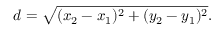
d = { \sqrt { ( x _ { 2 } - x _ { 1 } ) ^ { 2 } + ( y _ { 2 } - y _ { 1 } ) ^ { 2 } } } .